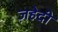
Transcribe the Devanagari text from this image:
ज़हेदी